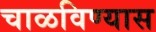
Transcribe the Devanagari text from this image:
चाळविण्यास